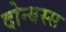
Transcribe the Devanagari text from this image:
दोन्बस्स